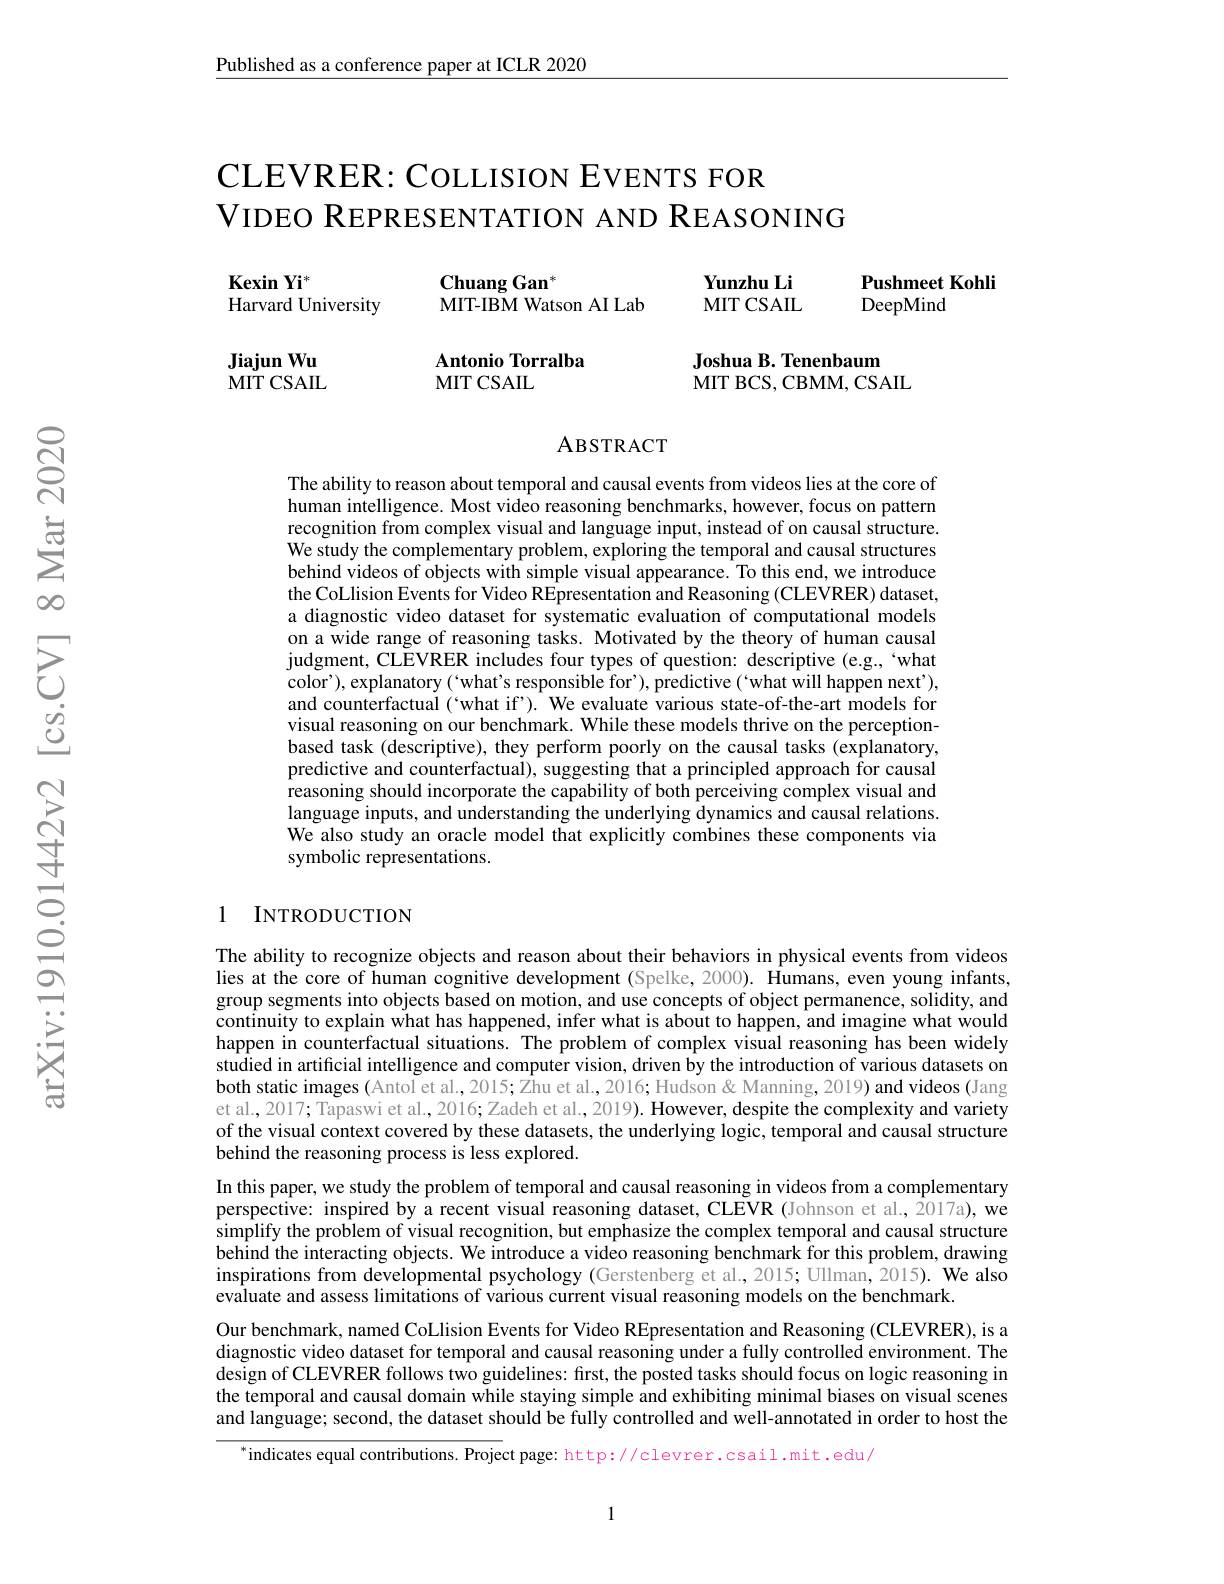
$\underline{\text{Published as a conference paper at ICLR 2020}}$

# CLEVRER: COLLISION EVENTS FOR VIDEO REPRESENTATION AND REASONING

Yunzhu Li

$\mathbf{ChuangGan}^{*}$

$\textbf{Kexin Yi}^*$
Harvard University

Pushmeet Kohli
DeepMind

MIT CSAIL

MIT-IBM Watson AI Lab

Jiajun Wu MIT CSAIL

Antonio Torralba
MITCSAIL

Joshua B. Tenenbaum
MIT BCS, CBMM, CSAIL

# ABSTRACT

The ability to reason about temporal and causal events from videos lies at the core of human intelligence. Most video reasoning benchmarks, however, focus on pattern recognition from complex visual and language input, instead of on causal structure. We study the complementary problem, exploring the temporal and causal structures behind videos of objects with simple visual appearance. To this end, we introduce the CoLlision Events for Video REpresentation and Reasoning (CLEVRER) dataset, a diagnostic video dataset for systematic evaluation of computational models on a wide range of reasoning tasks. Motivated by the theory of human causal judgment, CLEVRER includes four types of question: descriptive (e.g.,“what color'), explanatory(`what's responsible for'), predictive(`what will happen next'), and counterfactual (`what if'). We evaluate various state-of-the-art models for visual reasoning on our benchmark. While these models thrive on the perceptionbased task (descriptive), they perform poorly on the causal tasks (explanatory, predictive and counterfactual), suggesting that a principled approach for causal reasoning should incorporate the capability of both perceiving complex visual and language inputs, and understanding the underlying dynamics and causal relations. We also study an oracle model that explicitly combines these components via symbolic representations.

### 1 INTRODUCTION

The ability to recognize objects and reason about their behaviors in physical events from videos lies at the core of human cognitive development (Spelke, 2000). Humans, even young infants, group segments into objects based on motion, and use concepts of object permanence, solidity, and continuity to explain what has happened, infer what is about to happen, and imagine what would happen in counterfactual situations. The problem of complex visual reasoning has been widely studied in artificial intelligence and computer vision, driven by the introduction of various datasets on both static images (Antol et al., 2015; Zhu et al., 2016; Hudson & Manning, 2019) and videos (Jang et al., 2017; Tapaswi et al., 2016; Zadeh et al., 2019). However, despite the complexity and variety of the visual context covered by these datasets, the underlying logic, temporal and causal structure behind the reasoning process is less explored.
In this paper, we study the problem of temporal and causal reasoning in videos from a complementary perspective: inspired by a recent visual reasoning dataset, CLEVR (Johnson et al., 2017a), we simplify the problem of visual recognition, but emphasize the complex temporal and causal structure behind the interacting objects. We introduce a video reasoning benchmark for this problem, drawing inspirations from developmental psychology (Gerstenberg et al.,2015; Ullman, 2015). We also evaluate and assess limitations of various current visual reasoning models on the benchmark.
Our benchmark, named CoLlision Events for Video REpresentation and Reasoning (CLEVRER), is a diagnostic video dataset for temporal and causal reasoning under a fully controlled environment. The design of CLEVRER follows two guidelines: first, the posted tasks should focus on logic reasoning in the temporal and causal domain while staying simple and exhibiting minimal biases on visual scenes and language; second, the dataset should be fully controlled and well-annotated in order to host the

$^{*}$indicates equal contributions. Project page: http://clevrer.csail.mit.edu/

1